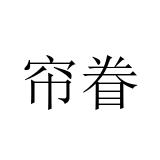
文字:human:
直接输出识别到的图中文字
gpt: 帘眷